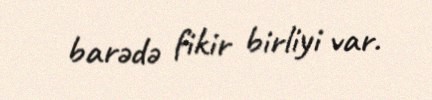
barədə fikir birliyi var.